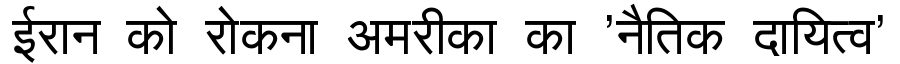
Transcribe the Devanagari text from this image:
ईरान को रोकना अमरीका का 'नैतिक दायित्व'